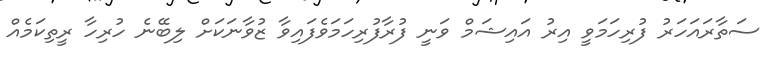
ސަތާރައަހަރު ފުރިހަމަވީ އިރު އައިޝަމް ވަނީ ފުރާފުރިހަމަވެފައިވާ ޒުވާނަކަށް ލިބޭނެ ހުރިހާ ރީތިކަމެއް